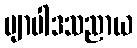
ဗျာပါဒသညာယ